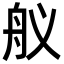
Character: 舣